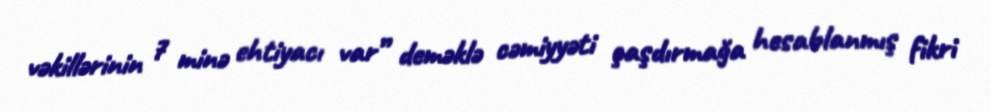
vəkillərinin 7 minə ehtiyacı var” deməklə cəmiyyəti çaşdırmağa hesablanmış fikri